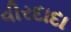
વીરદાદા